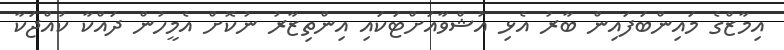
އިމާޒްގެ މައިންބަފައިން ބާރު އެޅި އުޝްވާއަށްޓަކައި އިންތިޒާރު ނުކޮށް އެމީހުން ދައްކާ ކުއްޖަކާ